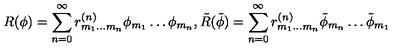
R ( \phi ) = \sum _ { n = 0 } ^ { \infty } r _ { m _ { 1 } \ldots m _ { n } } ^ { ( n ) } \phi _ { m _ { 1 } } \ldots \phi _ { m _ { n } } , \tilde { R } ( \tilde { \phi } ) = \sum _ { n = 0 } ^ { \infty } r _ { m _ { 1 } \ldots m _ { n } } ^ { ( n ) } \tilde { \phi } _ { m _ { n } } \ldots \tilde { \phi } _ { m _ { 1 } }